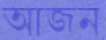
আজন